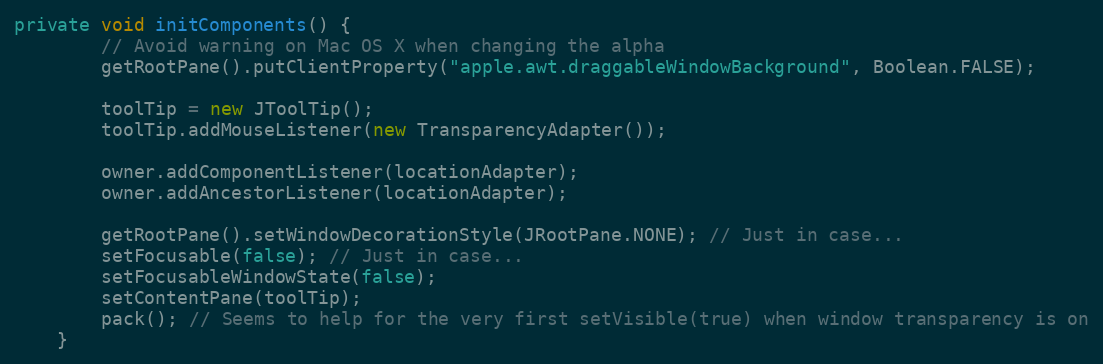
Language: Java
private void initComponents() {
        // Avoid warning on Mac OS X when changing the alpha
        getRootPane().putClientProperty("apple.awt.draggableWindowBackground", Boolean.FALSE);

        toolTip = new JToolTip();
        toolTip.addMouseListener(new TransparencyAdapter());

        owner.addComponentListener(locationAdapter);
        owner.addAncestorListener(locationAdapter);

        getRootPane().setWindowDecorationStyle(JRootPane.NONE); // Just in case...
        setFocusable(false); // Just in case...
        setFocusableWindowState(false);
        setContentPane(toolTip);
        pack(); // Seems to help for the very first setVisible(true) when window transparency is on
    }